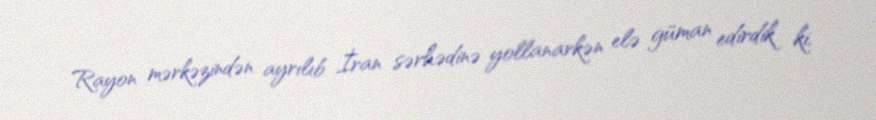
Rayon mərkəzindən ayrılıb İran sərhədinə yollanarkən elə güman edirdik ki,